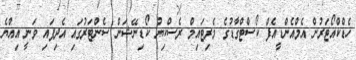
ހެޑްކްއޯޓަރުން އެމްއެންޑީއެފް ކޯސްޓްގާޑުގެ މެރިޓައިމް ރެސްކިޔު ކޯޑިނޭޝަން ސެންޓަރުގައި އެދިފައި ވަނީ އިއްޔެ